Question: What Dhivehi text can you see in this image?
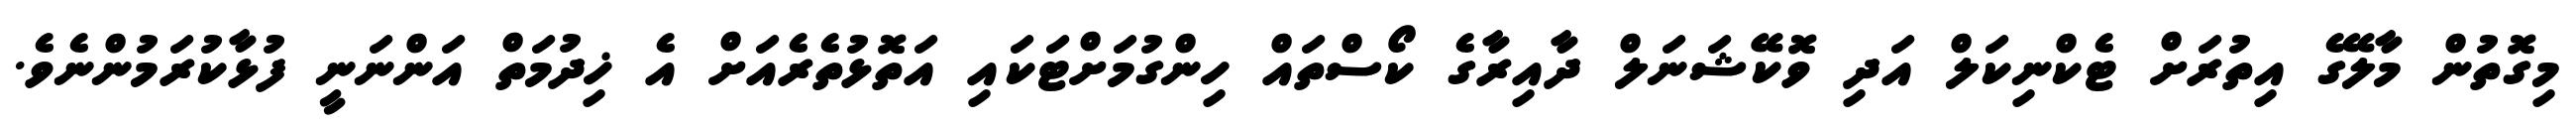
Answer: މިގޮތުން މާލޭގެ އިތުރަށް ޓެކްނިކަލް އަދި ވޮކޭޝަނަލް ދާއިރާގެ ކޯސްތައް ހިންގުމަށްޓަކައި އަތޮޅުތެރެއަށް އެ ޚިދުމަތް އަންނަނީ ފުޅާކުރަމުންނެވެ.